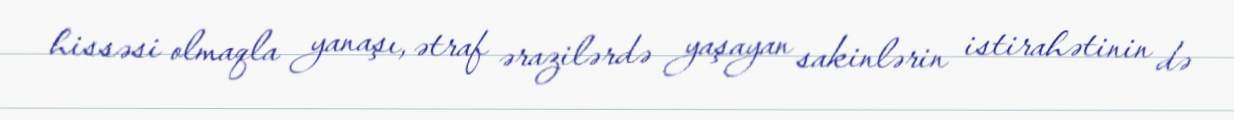
hissəsi olmaqla yanaşı, ətraf ərazilərdə yaşayan sakinlərin istirahətinin də